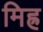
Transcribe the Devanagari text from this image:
मिह्र